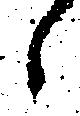
々